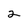
Character: 2